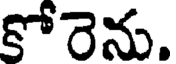
కోరెను.